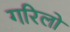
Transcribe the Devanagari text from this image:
गरिलो